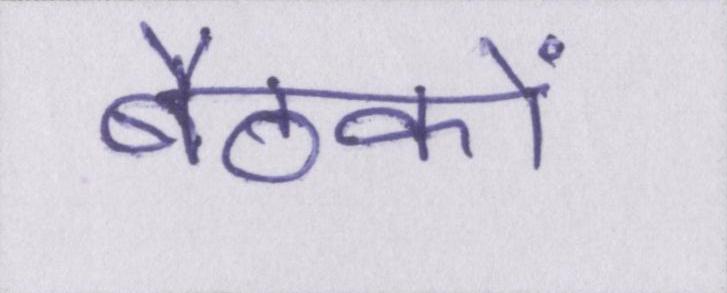
बैठकों